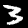
Label: 3